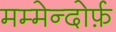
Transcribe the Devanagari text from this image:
मम्मेन्दोर्फ़